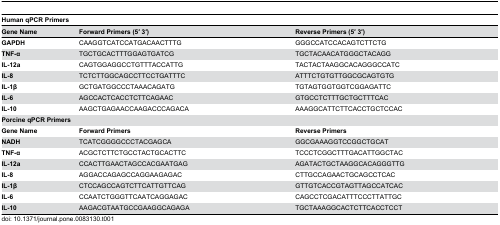
| <COLSPAN=3> Human qPCR Primers |
 | Gene Name | Forward Primers (5′ 3′) | Reverse Primers (5′ 3′) |
 | --- | --- | --- |
 | GAPDH | CAAGGTCATCCATGACAACTTTG | GGGCCATCCACAGTCTTCTG |
 | TNF-α | TGCTGCACTTTGGAGTGATCG | TGCTACAACATGGGCTACAGG |
 | IL-12a | CAGTGGAGGCCTGTTTACCATTG | TACTACTAAGGCACAGGGCCATC |
 | IL-8 | TCTCTTGGCAGCCTTCCTGATTTC | ATTTCTGTGTTGGCGCAGTGTG |
 | IL-1β | GCTGATGGCCCTAAACAGATG | TGTAGTGGTGGTCGGAGATTC |
 | IL-6 | AGCCACTCACCTCTTCAGAAC | GTGCCTCTTTGCTGCTTTCAC |
 | IL-10 | AAGCTGAGAACCAAGACCCAGACA | AAAGGCATTCTTCACCTGCTCCAC |
 | <COLSPAN=3> Porcine qPCR Primers |
 | Gene Name | Forward Primers | Reverse Primers |
 | NADH | TCATCGGGGCCCTACGAGCA | GGCGAAAGGTCCGGCTGCAT |
 | TNF-α | ACGCTCTTCTGCCTACTGCACTTC | TCCCTCGGCTTTGACATTGGCTAC |
 | IL-12a | CCACTTGAACTAGCCACGAATGAG | AGATACTGCTAAGGCACAGGGTTG |
 | IL-8 | AGGACCAGAGCCAGGAAGAGAC | CTTGCCAGAACTGCAGCCTCAC |
 | IL-1β | CTCCAGCCAGTCTTCATTGTTCAG | GTTGTCACCGTAGTTAGCCATCAC |
 | IL-6 | CCAATCTGGGTTCAATCAGGAGAC | CAGCCTCGACATTTCCCTTATTGC |
 | IL-10 | AAGACGTAATGCCGAAGGCAGAGA | TGCTAAAGGCACTCTTCACCTCCT |